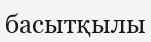
басытқылы